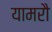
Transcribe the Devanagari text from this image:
यामरौ